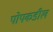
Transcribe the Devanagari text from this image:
पोपकडील